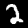
Label: 2